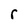
Character: r